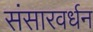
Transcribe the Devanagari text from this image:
संसारवर्धन